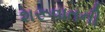
શરૂવાતની